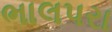
ભાલપરા